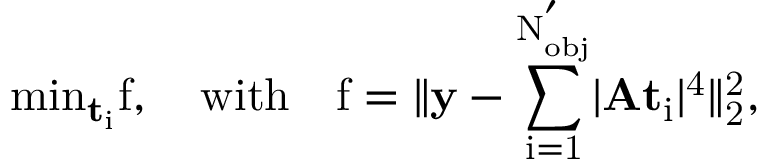
\mathrm { { m i n } _ { \mathbf { t } _ { i } } f , \quad \mathrm { { w i t h } \quad f = \lVert \mathbf { y } - \sum _ { i = 1 } ^ { N _ { o b j } ^ { ' } } \lvert \mathbf { A } \mathbf { t } _ { i } \rvert ^ { 4 } \rVert _ { 2 } ^ { 2 } , } }